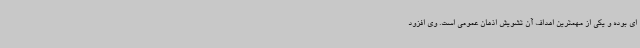
ای بوده و یکی از مهمترین اهداف آن تشویش اذهان عمومی است. وی افزود